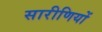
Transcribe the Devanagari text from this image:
सारीणियों